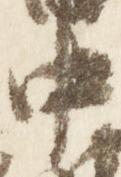
中